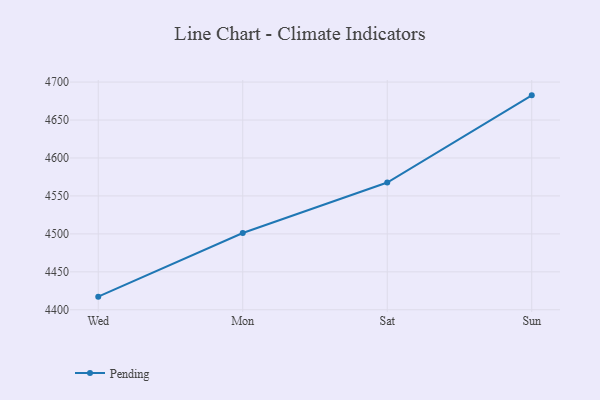
{"axis": {"x": "Day", "y": "LTV (USD)"}, "legend": ["Pending"], "data": [{"x": "Wed", "y": 4417.3, "type": "Pending"}, {"x": "Mon", "y": 4501.2, "type": "Pending"}, {"x": "Sat", "y": 4567.6, "type": "Pending"}, {"x": "Sun", "y": 4682.5, "type": "Pending"}]}